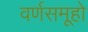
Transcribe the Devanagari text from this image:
वर्णसमूहो